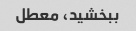
ببخشید، معطل